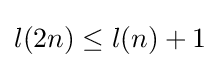
l(2n)\leq l(n)+1